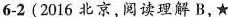
6-2 (2016 北京,阅读理解 B,★